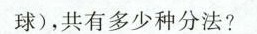
球)，共有多少种分法?